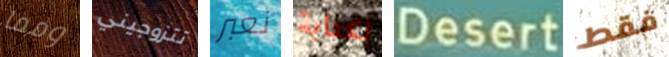
ومما تتزوجيني نعبر لكتابة Desert فقط